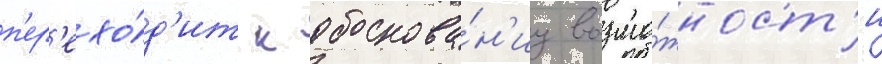
п'ер'ехо́д'ит к обоснова́н'иу возмо́жност'и